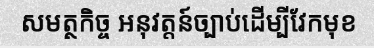
សមត្ថកិច្ច អនុវត្តន៍ច្បាប់ដើម្បីវែកមុខ